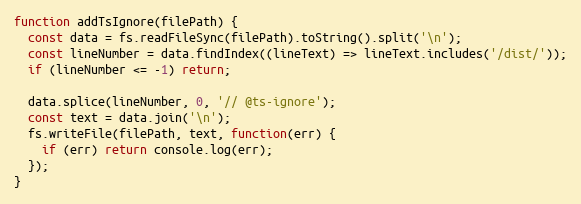
Language: JavaScript
function addTsIgnore(filePath) {
  const data = fs.readFileSync(filePath).toString().split('\n');
  const lineNumber = data.findIndex((lineText) => lineText.includes('/dist/'));
  if (lineNumber <= -1) return;

  data.splice(lineNumber, 0, '// @ts-ignore');
  const text = data.join('\n');
  fs.writeFile(filePath, text, function(err) {
    if (err) return console.log(err);
  });
}